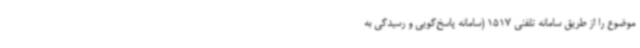
موضوع را از طریق سامانه تلفنی 1517 (سامانه پاسخ‌گویی و رسیدگی به